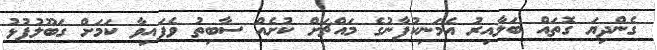
ގެންދިޔަ ގޮތައް ބަލާއިރު އެމަނިކުފާނުގެ މައްޗަށް ކުށެއް ސާބިތު ވެފައިވާ ކަމަށް ގަބޫލުފުޅު